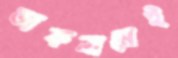
ডাকনামেই